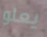
يعلو